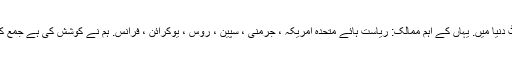
صرف اس وجہ سے یہ پر مشتمل ہے سب سے بہترین اور سب سے زیادہ مقبول ویڈیو چیٹ دنیا میں. یہاں کے اہم ممالک: ریاست ہائے متحدہ امریکہ ، جرمنی ، سپین ، روس ، یوکرائن ، فرانس. ہم نے کوشش کی ہے جمع کرنے کے لئے تقریبا تمام چیٹ, جہاں اختیاری رجسٹریشن یا ہے کا ایک رسمی کردار ہے ۔